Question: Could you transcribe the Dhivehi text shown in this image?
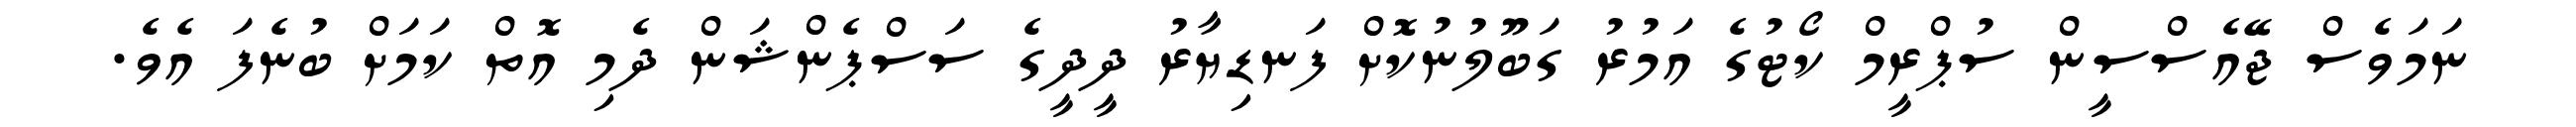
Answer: ނަމަވެސް ޖޭއެސްސީން ސުޕްރީމް ކޯޓުގެ އަމުރު ގަބޫލުނުކޮށް ފަނޑިޔާރު ދީދީގެ ސަސްޕެންޝަން ދެމި އޮތް ކަމަށް ބުނެފަ އެވެ.